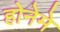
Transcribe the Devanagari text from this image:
होनेमे